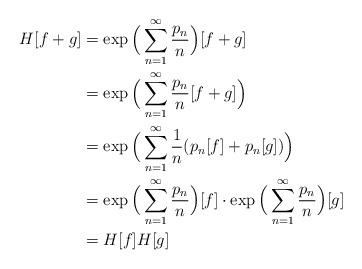
LaTeX: \begin{align*}H[f+g] & =\exp\Big(\sum_{n=1}^{\infty}\frac{p_{n}}{n}\Big)[f+g]\\ & =\exp\Big(\sum_{n=1}^{\infty}\frac{p_{n}}{n}[f+g]\Big)\\ & =\exp\Big(\sum_{n=1}^{\infty}\frac{1}{n}(p_{n}[f]+p_{n}[g])\Big)\\ & =\exp\Big(\sum_{n=1}^{\infty}\frac{p_{n}}{n}\Big)[f]\cdot\exp\Big(\sum_{n=1}^{\infty}\frac{p_{n}}{n}\Big)[g]\\ & =H[f]H[g]\end{align*}